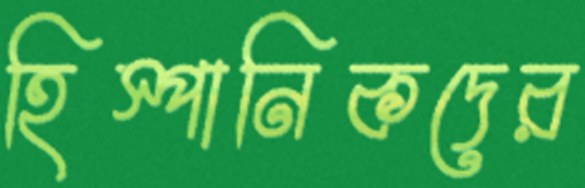
হিস্পানিকদের